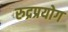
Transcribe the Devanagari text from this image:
रुद्रप्रयोग